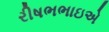
રીષભભાઇએ